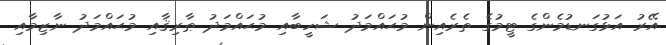
އޭރު އަޅުގަނޑުމެންގެ ޓީމުގެ ތެރެއިން މުޙައްމަދު ޝަހީބާއި މުޙައްމަދު ޠާރިޤާއި މުޙައްމަދު ނާޒިމާއި